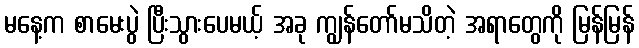
မနေ့က စာမေးပွဲ ပြီးသွားပေမယ့် အခု ကျွန်တော်မသိတဲ့ အရာတွေကို မြန်မြန်